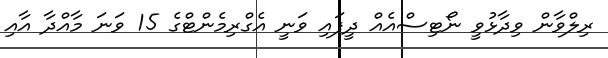
ރިލްވާން ވިދާޅުވީ ނޯޓިސްއެއް ދީފައި ވަނީ އެގްރިމެންޓްގެ 15 ވަނަ މާއްދާ އާއި